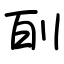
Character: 㓦